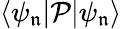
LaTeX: \langle\psi_{\mathfrak{n}}|\mathcal{{P}}|\psi_{\mathfrak{n}}\rangle